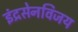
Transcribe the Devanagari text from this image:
इंद्रसेनविजय